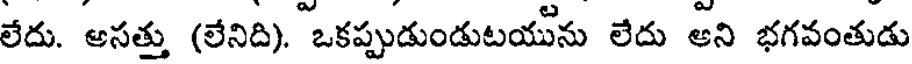
లేదు. అసత్తు (లేనిది). ఒకప్పుడుండుటయును లేదు అని భగవంతుడు